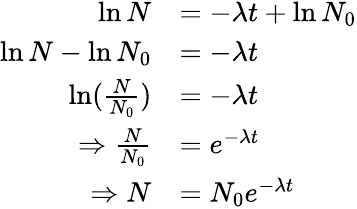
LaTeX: \begin{array}{rl}{\ln{N}}&{=-\lambda t+\ln{N_{0}}}\\ {\ln{N}-\ln{N_{0}}}&{=-\lambda t}\\ {\ln({\frac{N}{N_{0}}})}&{=-\lambda t}\\ {\Rightarrow\frac{N}{N_{0}}}&{=e^{-\lambda t}}\\ {\Rightarrow N}&{=N_{0}e^{-\lambda t}}\end{array}